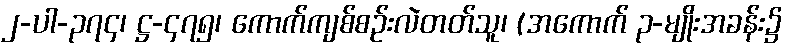
၂-ပါ-၃၇၄၊ ဋ္ဌ-၄၇၅၊ ကောက်ကျစ်စဉ်းလဲတတ်သူ၊ (အကောက် ၃-မျိုးအခန်း၌